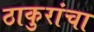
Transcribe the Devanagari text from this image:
ठाकुरांचा